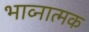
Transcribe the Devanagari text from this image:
भाव्नात्मक